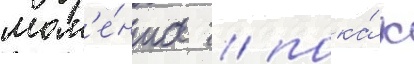
мом'е́нта / пока́ к